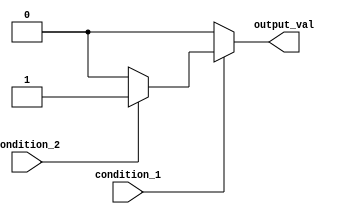
module nested_if_else(
    input wire condition_1,
    input wire condition_2,
    output reg output_val
);

always @(*)
begin
    if(condition_1)
    begin
        if(condition_2)
        begin
            output_val = 1;
        end
        else
        begin
            output_val = 0;
        end
    end
    else
    begin
        output_val = 0;
    end
end

endmodule